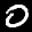
Label: 0